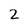
Character: 2